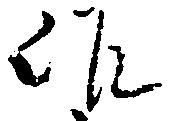
作